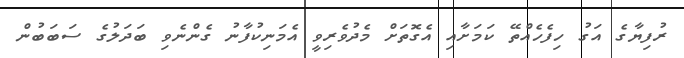
ރުފިޔާގެ އަގު ހިފެހެއްތޭ ކަމަށާއި އެގޮތަށް މެދުވެރިވީ އެމަނިކުފާނު ގެންނެވި ބަދަލުގެ ސަބަބުން